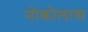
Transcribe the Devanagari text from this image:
नोकोलास